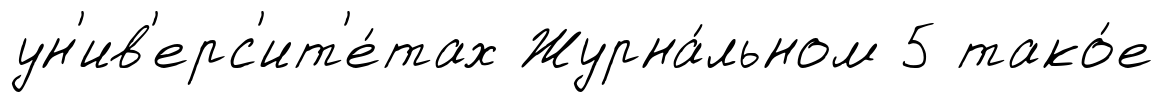
ун'ив'ерс'ит'е́тах Журна́льном 5 тако́е